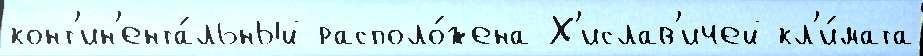
конт'ин'ента́льный располо́жена Х'ислав'ичей кл'и́мата